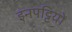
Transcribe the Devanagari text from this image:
इनपट्टियों